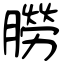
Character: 朥